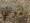
مونتي